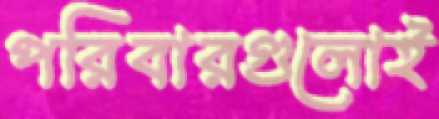
পরিবারগুলোই